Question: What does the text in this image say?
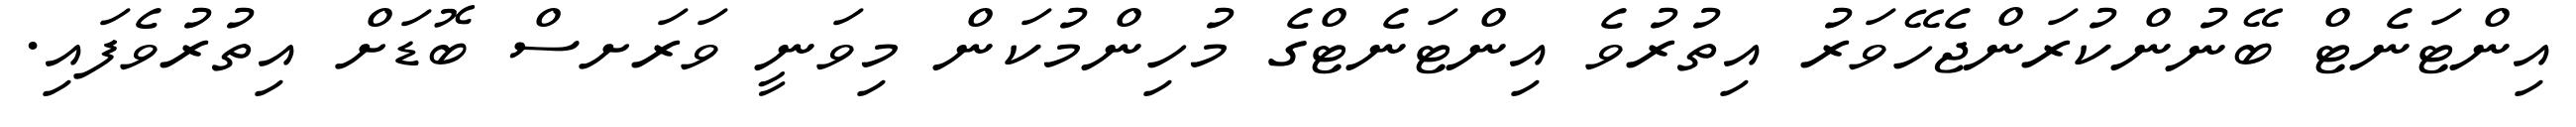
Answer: އިންޓަނެޓް ބޭނުންކުރަންޖެހޭވަރު އިތުރުވެ އިންޓަނެޓްގެ މުހިންމުކަން މިވަނީ ވަރަށސް ބޮޑަށް އިތުރުވެފައި.